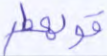
قولها